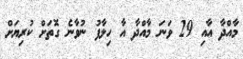
މާއްދާ އާއި 29 ވަނަ މާއްދާ އާ ހިލާފު ނުވާނެ ގޮތަށް ކުރިޔަށް